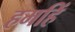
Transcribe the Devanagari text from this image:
हमहिं